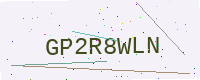
Text: GP2R8WLN